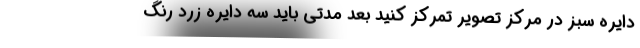
دایره سبز در مرکز تصویر تمرکز کنید بعد مدتی باید سه دایره زرد رنگ